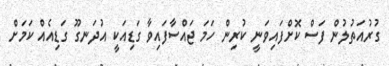
ގުރުއަތުލުން ފަސް ކޮށްފައިވަނީ ކުރިން ހަމަ ޖައްސާފައިވާ ގަޑިއަކީ އުދަނގޫ ގަޑިއެއް ކަމަށް